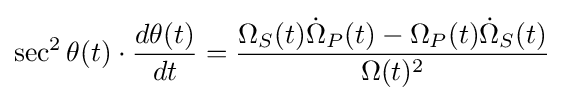
\sec ^{2}\theta (t)\cdot {\frac {d\theta (t)}{dt}}={\frac {\Omega _{S}(t){\dot {\Omega }}_{P}(t)-\Omega _{P}(t){\dot {\Omega }}_{S}(t)}{\Omega (t)^{2}}}